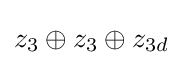
z_{3}\oplus z_{3}\oplus z_{3d}